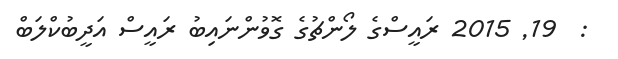
:  19